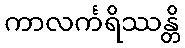
ကာလင်္ကရိဿန္တိ